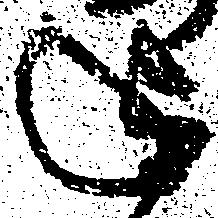
迄